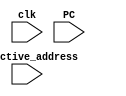
module Tournament_predictor(clk,PC,effective_address);

input clk;                     //Clock signal
input [4:0] PC;                //PC given by processor
input [4:0] effective_address; //Calculated effective address to check whether the predicted outcome is correct or not

reg [1:0] level_1_pred;        //1-level 2-bit branch predictor

parameter SNT=0;
parameter WNT=1;
parameter WT=2;
parameter ST=3;

reg History_bit;              //1-bit History Table
reg [1:0] level_2_pred0;      //2-level 2-bit 1st Predictor
reg [1:0] level_2_pred1;      //2-level 2-bit 2nd Predictor

reg [2:0] BTB_tag [0:3];      //Tags stored in Branch History Buffer
reg [4:0] BTB_addr [0:3];     //Target Address stored in Branch History Buffer

reg [1:0] index;              //to index into the BTB and BHT--- some bits of PC provides the index
reg [2:0] tag;                //Apart from the index, the rest of the bits of the PC is the tag
reg hit;                      //If tag matches with that of the BTB
reg [4:0] right;              //to count the number of times the Tournament predictor is correct

reg [4:0] predicted_next_PC;  //next PC predicted by the Branch predictor
//reg [4:0] actual_next_PC;

reg level_1_correct;          //It is '1' if the prediction of 1-level predictor is correct
reg level_2_correct;          //It is '1' if the prediction of the 2-level predictor is correct

reg [1:0] predictor_state;    //State 0---> Use 1-level predictor with high confidence 
                              //State 1---> Use 1-level predictor with low confidence 
                              //State 2---> Use 2-level predictor with low confidence 
                              //State 3---> Use 2-level predictor with high confidence 

initial
begin
    level_1_pred=0; History_bit=0; level_2_pred0=0; level_2_pred1=0;
    level_1_correct=0; level_2_correct=0; predictor_state=0; right=0;
    BTB_addr[0]=9; BTB_tag[0]=3'b011;          //initially some values are stored in the BTB
end

 
always@(posedge clk && PC)
begin
    index=PC[1:0];
    tag=PC[4:2];

//1-Level 2-bit Branch Predictor
    if(tag==BTB_tag[index])
    begin
      hit=1;
      if(level_1_pred==0)
      begin
        predicted_next_PC=PC+4;
        if(predicted_next_PC==effective_address)
        begin
          level_1_correct=1;
          level_1_pred<=0;
          right<=right+1;
        end  
        else
        begin
          level_1_correct=0;
          level_1_pred<=1; 
        end   
      end  
      else if(level_1_pred==1) 
      begin 
        predicted_next_PC=PC+4;
         if(predicted_next_PC==effective_address)
         begin
          level_1_correct=1;
          level_1_pred<=0;
          right<=right+1;
         end  
        else
        begin
          level_1_correct=0;
          level_1_pred<=2; 
        end  
      end  
      else if(level_1_pred==2) 
      begin 
        predicted_next_PC=BTB_addr[index];
         if(predicted_next_PC==effective_address)
         begin
          level_1_correct=1;
          level_1_pred<=3;
          right<=right+1;
         end 
        else
        begin
          level_1_correct=0;
          level_1_pred<=1; 
        end  
      end  
      else if(level_1_pred==3) 
      begin 
        predicted_next_PC=BTB_addr[index];
         if(predicted_next_PC==effective_address)
         begin
          level_1_correct=1;
          level_1_pred<=3;
          right<=right+1;
         end 
        else
        begin
          level_1_correct=0;
          level_1_pred<=2; 
        end  
      end  
    end  

    else
    begin
      hit=0;  
      predicted_next_PC=PC+4;
        if(predicted_next_PC==effective_address)
         right<=right+1;
      else
      begin
          BTB_tag[index]<=tag;
          BTB_addr[index]<=effective_address;
      end 
      
    end  
 

//2-Level 2-bit Branch Predictor 
    if(BTB_tag[index]==tag)
    begin
      hit=1;
      if(History_bit==0)
      begin
          if(level_2_pred0==SNT)
          begin
              predicted_next_PC=PC+4;
              if(predicted_next_PC==effective_address)
              begin
               level_2_correct=1;   
               level_2_pred0<=SNT;
                History_bit<=0;
                right<=right+1;
              end  
              else
              begin
               level_2_correct=0;   
               level_2_pred0<=WNT; 
                History_bit<=1;
              end   
          end
          else if(level_2_pred0==WNT)
          begin
              predicted_next_PC=PC+4;
              if(predicted_next_PC==effective_address)
              begin
               level_2_correct=1;   
               level_2_pred0<=SNT;
                History_bit<=0;
                right<=right+1;
              end
              else
              begin
                level_2_correct=0;  
               level_2_pred0<=WT; 
                History_bit<=1;
              end   
          end
          else if(level_2_pred0==WT)
          begin
              predicted_next_PC=BTB_addr[index];
              if(predicted_next_PC==effective_address)
              begin
               level_2_correct=1;   
               level_2_pred0<=ST;
                History_bit<=1;
                right<=right+1;
              end
              else
              begin
               level_2_correct=0;    
               level_2_pred0<=WNT;
                History_bit<=0;
              end   
          end
          else if(level_2_pred0==ST)
          begin
              predicted_next_PC=BTB_addr[index];
              if(predicted_next_PC==effective_address)
              begin
               level_2_correct=1;   
               level_2_pred0<=ST;
                History_bit<=1;
                right<=right+1;
              end  
              else
              begin
               level_2_correct=0;   
               level_2_pred0<=WT;
                History_bit<=0;
              end   
          end
      end
      else
      begin
          if(level_2_pred1==SNT)
           begin
              predicted_next_PC=PC+4;
              if(predicted_next_PC==effective_address)
              begin
               level_2_correct=1;   
               level_2_pred1<=SNT;
                History_bit<=0;
                right<=right+1;
              end  
              else
              begin
               level_2_correct=0;   
               level_2_pred1<=WNT; 
                History_bit<=1;
              end   
          end
          else if(level_2_pred1==WNT)
          begin
              predicted_next_PC=PC+4;
              if(predicted_next_PC==effective_address)
              begin
                level_2_correct=1;   
               level_2_pred1<=SNT;
                History_bit<=0;
                right<=right+1;
              end  
              else
              begin
                level_2_correct=0;  
               level_2_pred1<=WT; 
                History_bit<=1;
              end   
          end
          else if(level_2_pred1==WT)
          begin
              predicted_next_PC=BTB_addr[index];
              if(predicted_next_PC==effective_address)
              begin
                level_2_correct=1;  
               level_2_pred1<=ST;
                History_bit<=1;
                right<=right+1;
              end  
              else
              begin
                level_2_correct=0;   
               level_2_pred1<=WNT; 
                History_bit<=0; 
              end  
          end
          else if(level_2_pred1==ST)
          begin
              predicted_next_PC=BTB_addr[index];
              if(predicted_next_PC==effective_address)
              begin
               level_2_correct=1;   
               level_2_pred1<=ST;
                History_bit<=1;
                right<=right+1;
              end  
              else
              begin
               level_2_correct=0;   
               level_2_pred1<=WT;  
               History_bit<=0;
              end  
          end
      end
    end
    else
    begin
      hit=0;  
      predicted_next_PC=PC+4;
      if(predicted_next_PC==effective_address)
         right<=right+1;
      else
      begin
          BTB_tag[index]<=tag;
          BTB_addr[index]<=effective_address;
      end 
    end  

//State Machine 
    if(predictor_state==0)          //If in STATE 0
    begin
        if((level_1_correct==0 && level_2_correct==0) || (level_1_correct==1 && level_2_correct==0) || (level_1_correct==1 && level_2_correct==1))
           predictor_state<=0;
        else 
           predictor_state<=1;      //Change to STATE 1 only if 1-level predictor is wrong and 2-level predictor is right; else stay in STATE 0
    end  

    else if(predictor_state==1)     //If in STATE 1
    begin
        if(level_1_correct==1 && level_2_correct==0)     //Change to STATE 0 if 1-level predictor is right and 2-level predictor is wrong
           predictor_state<=0;
        else if((level_1_correct==0 && level_2_correct==0) || (level_1_correct==1 && level_2_correct==1))
           predictor_state<=1;                           //Remain in STATE 1 if bot the predictors are right or both are wrong
        else
           predictor_state<=2;                           //Change to STATE 2 if 1-level predictor is wrong and 2-level predictor is right
    end

    else if(predictor_state==2)     //If in STATE 2
    begin
        if(level_1_correct==1 && level_2_correct==0)     //Change to STATE 1 if 1-level predictor is right and 2-level predictor is wrong
           predictor_state<=1;
        else if((level_1_correct==0 && level_2_correct==0) || (level_1_correct==1 && level_2_correct==1))   
           predictor_state<=2;                          //Remain in STATE 1 if bot the predictors are right or both are wrong
        else 
        predictor_state<=3;                             //Change to STATE 3 if 1-level predictor is wrong and 2-level predictor is right
    end

    else if(predictor_state==3)      //If in STATE 3
    begin
        if(level_1_correct==1 && level_2_correct==0)
           predictor_state<=2;                          //Change to STATE 2 only if 1-level predictor is right and 2-level predictor is wrong, else stay in STATE 3
        else  
           predictor_state<=3;                         
    end
end

endmodule